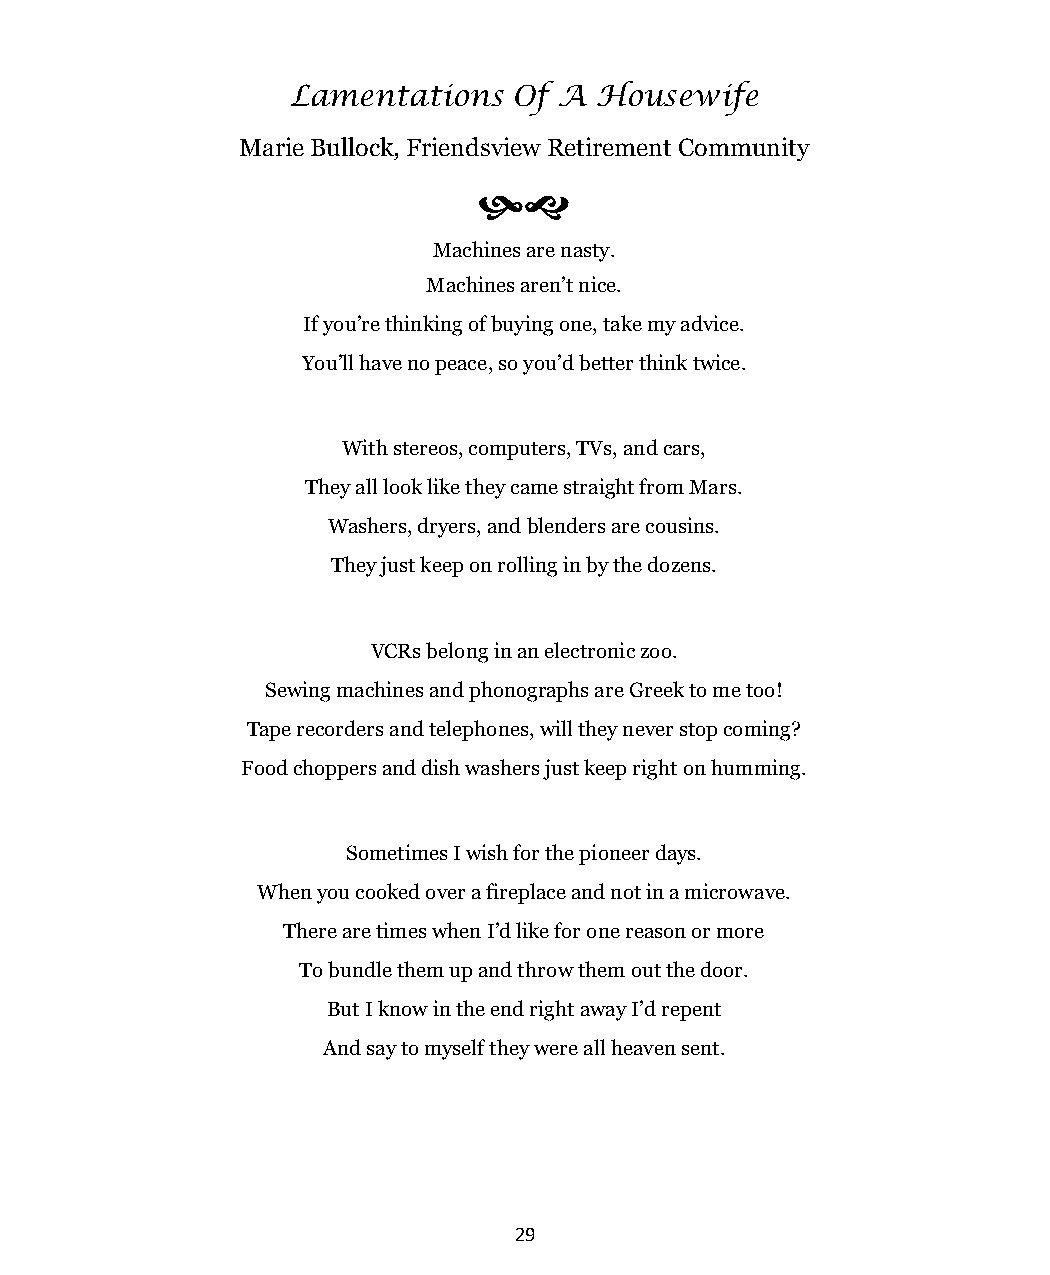
Lamentations   Of A Housewife
 Marie Bullock, Friendsview Retirement Community
 
 Machines are nasty.
 Machines aren’t nice.
 If you’re thinking of buying one, take my advice.
 You’ll have no peace, so you’d better think twice.
 With stereos, computers, TVs, and cars,
 They all look like they came straight from Mars.
 Washers, dryers, and blenders are cousins.
 They just keep on rolling in by the dozens.
 VCRs belong in an electronic zoo.
 Sewing machines and phonographs are Greek to me too!
 Tape recorders and telephones, will they never stop coming?
 Food choppers and dish washers just keep right on humming.
 Sometimes I wish for the pioneer days.
 When you cooked over a fireplace and not in a microwave.
 There are times when I’d like for one reason or more
 To bundle them up and throw them out the door.
 But I know in the end right away I’d repent
 And say to myself they were all heaven sent.
 29